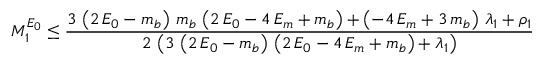
M _ { 1 } ^ { E _ { 0 } } \leq { \frac { 3 \, \left( 2 \, E _ { 0 } - m _ { b } \right) \, m _ { b } \, \left( 2 \, E _ { 0 } - 4 \, E _ { m } + m _ { b } \right) + \left( - 4 \, E _ { m } + 3 \, m _ { b } \right) \, { { \lambda } _ { 1 } } + { { \rho } _ { 1 } } } { 2 \, \left( 3 \, \left( 2 \, E _ { 0 } - m _ { b } \right) \, \left( 2 \, E _ { 0 } - 4 \, E _ { m } + m _ { b } \right) + { { \lambda } _ { 1 } } \right) } }